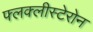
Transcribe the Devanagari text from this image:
फ्लक्लीस्टेरोन